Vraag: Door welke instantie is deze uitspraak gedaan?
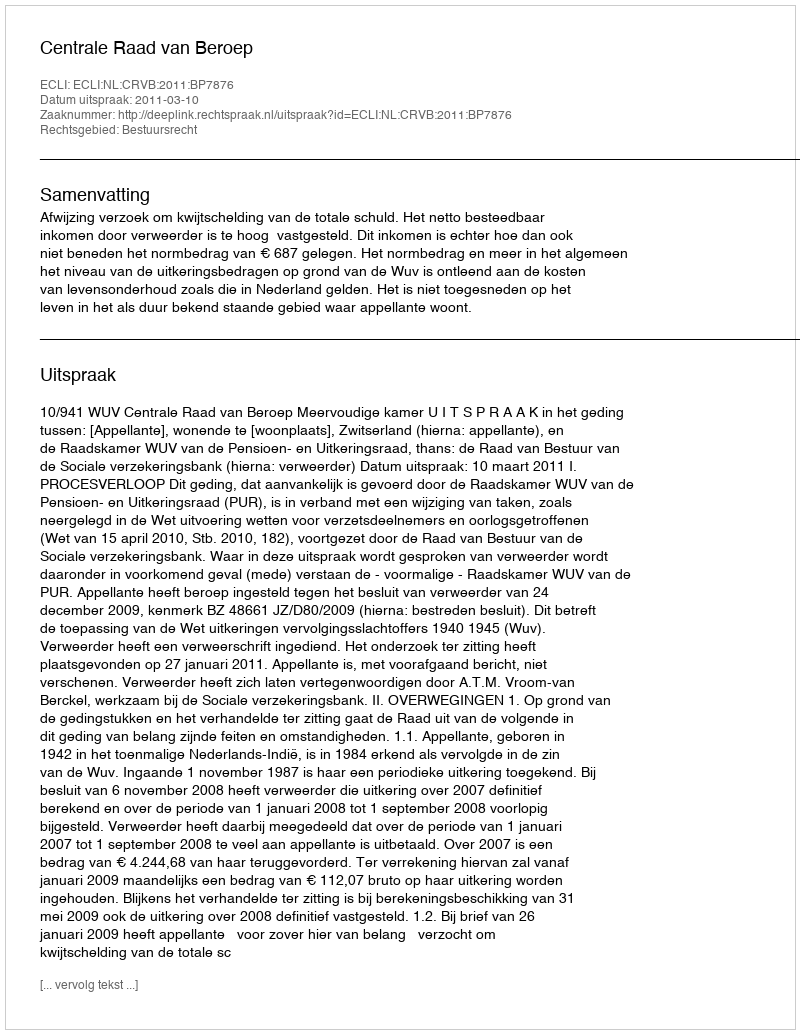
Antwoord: Centrale Raad van Beroep